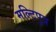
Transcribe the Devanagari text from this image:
मल्टिपुत्र